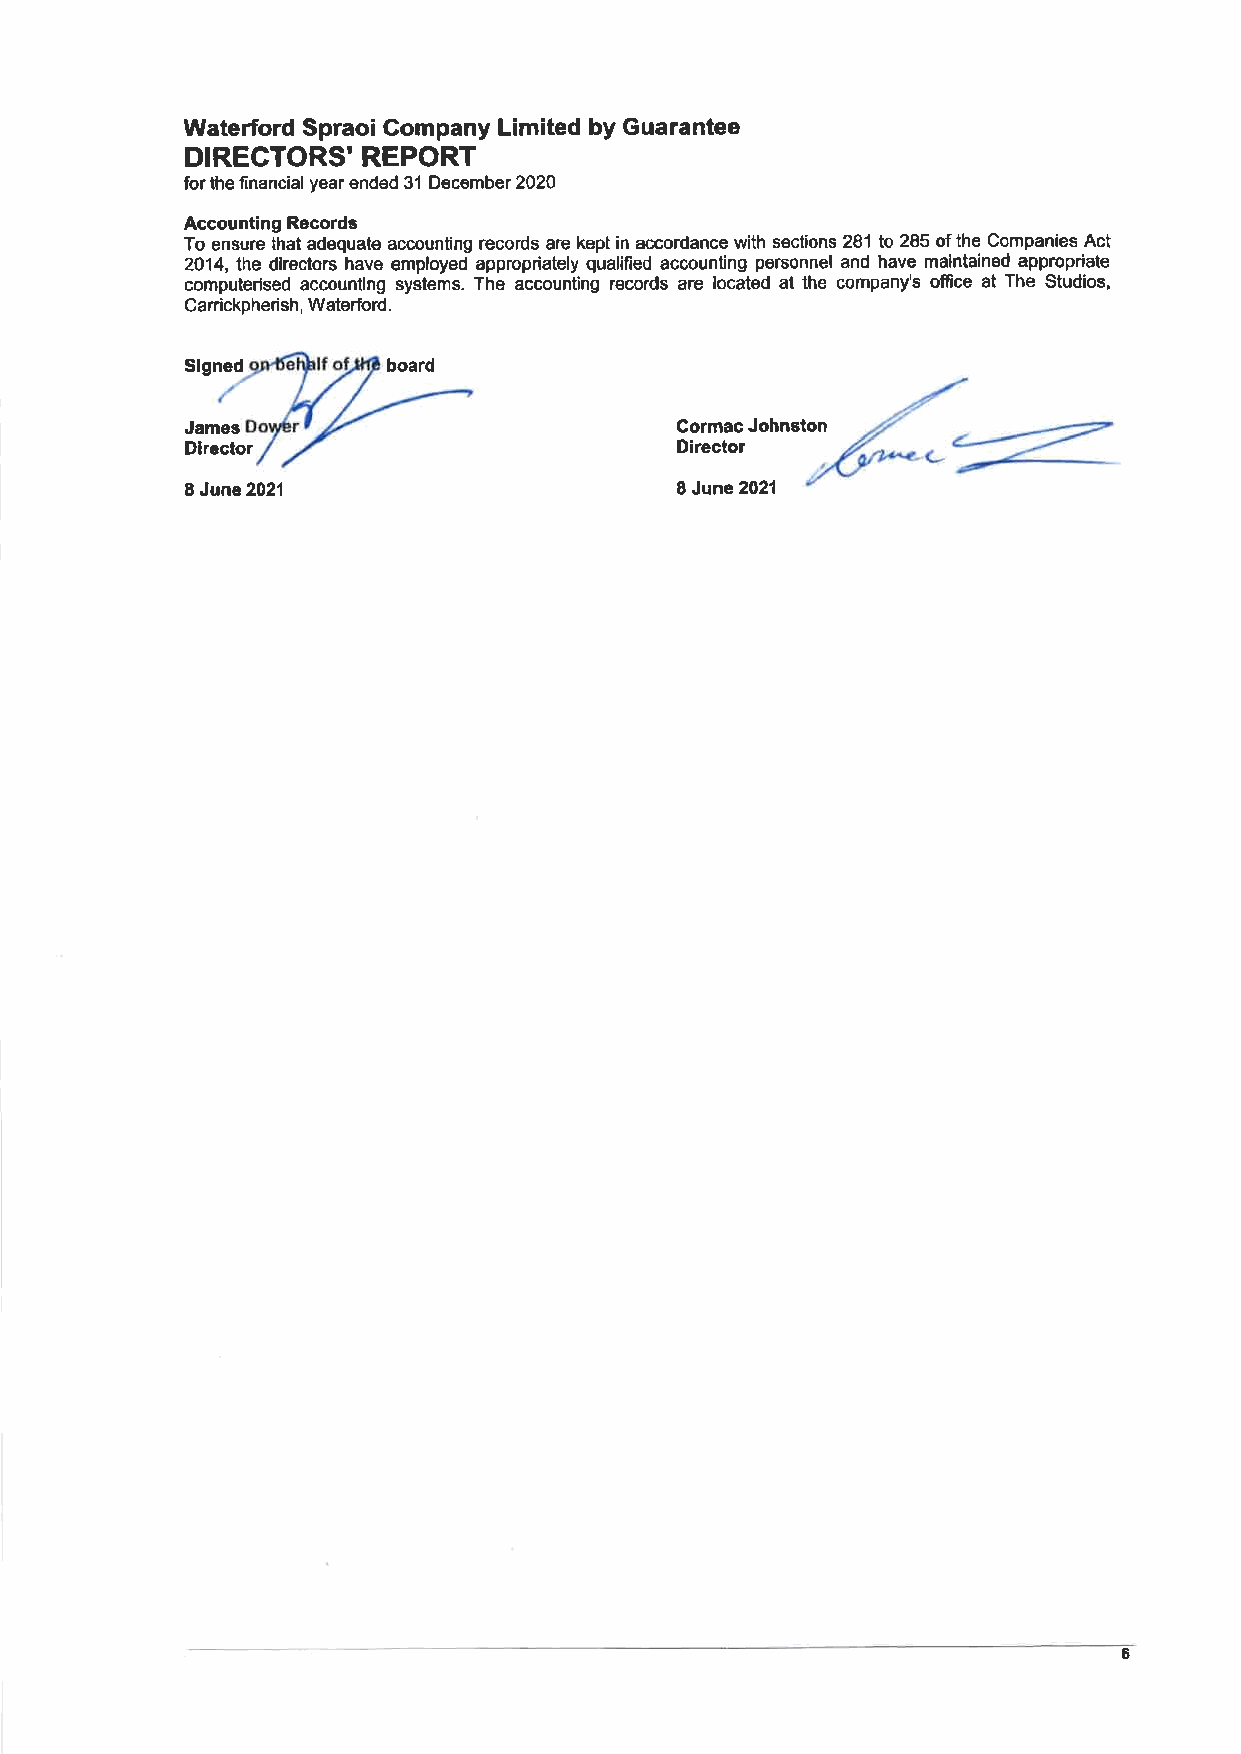
Waterford Spraoi Company Limited by Guarantee
 DIRECTORS'  REPORT
 for the financial year ended 31 December 2020
 Accounting Records
 To ensure that adequate accounting records are kept in accordance with sections 281 to 285 of the Companies Act
 2O14, lhe dlrectors have employed appropriately qualified accounting personnel and have maintained appropriate
 computerlsed accounling systems. The accounting records are located at the company's office at The Studios,
 Canickpherish, Waterford.
 Signed        board
 James                            Cormac Johnston
 Dlrector                         Director
 8 June 2021                      I June 2021
 6